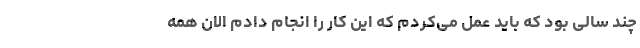
چند سالی بود که باید عمل می‌کردم که این کار را انجام دادم الان همه